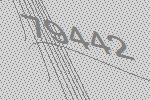
79442